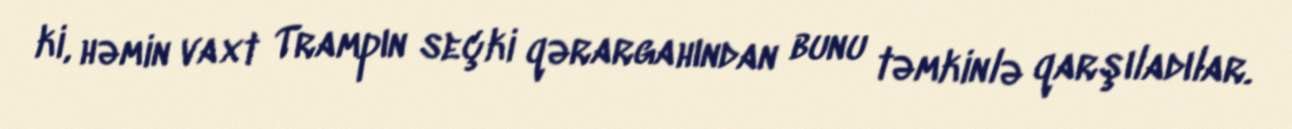
ki, həmin vaxt Trampın seçki qərargahından bunu təmkinlə qarşıladılar.